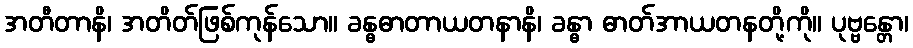
အတီတာနိ၊ အတိတ်ဖြစ်ကုန်သော။ ခန္ဓဓာတာယတနာနိ၊ ခန္ဓာ ဓာတ်အာယတနတို့ကို။ ပုဗ္ဗန္တော၊